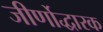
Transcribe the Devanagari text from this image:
जीर्णोद्धारक